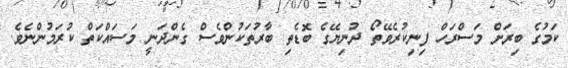
ކަމުގެ ބިރަށް މަސްރަހް ފިނިކުރެވޭތޯ ދުނިޔޭގެ ބޮޑެތި ބާރުތަކުންވެސް ގެންދަނީ މަސައްކަތް ކުރަމުންނެވެ.